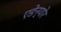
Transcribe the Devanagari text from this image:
एडेन्योर